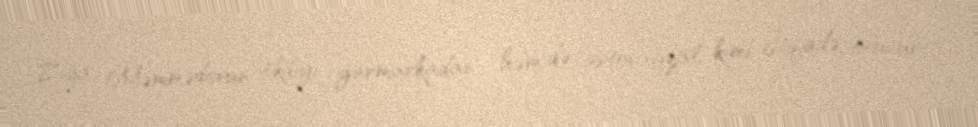
Ziya Məmmədovun tikdiyi yarmarkadan - həm də avtovağzal kimi istifadə olunur -